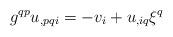
LaTeX: \begin{align*}g^{qp}u_{,pqi}=-v_{i}+u_{,iq}\xi^q\end{align*}